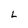
Character: L